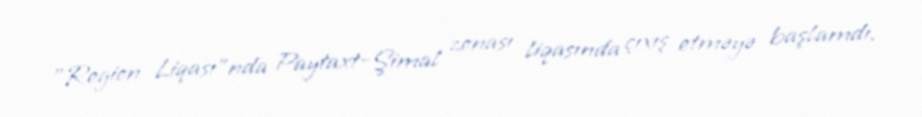
"Region Liqası"nda Paytaxt-Şimal zonası liqasında çıxış etməyə başlamdı.